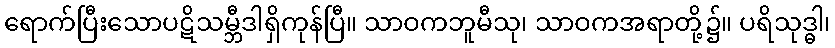
ရောက်ပြီးသောပဋိသမ္ဘီဒါရှိကုန်ပြီ။ သာဝကဘူမီသု၊ သာဝကအရာတို့၌။ ပရိသုဒ္ဓါ၊